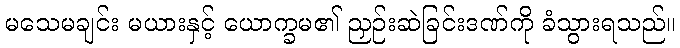
မသေမချင်း မယားနှင့် ယောက္ခမ၏ ညှဉ်းဆဲခြင်းဒဏ်ကို ခံသွားရသည်။